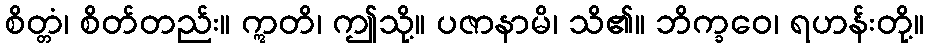
စိတ္တံ၊ စိတ်တည်း။ ဣတိ၊ ဤသို့။ ပဇာနာမိ၊ သိ၏။ ဘိက္ခဝေ၊ ရဟန်းတို့။